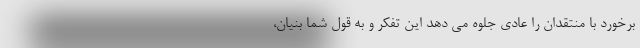
برخورد با منتقدان را عادی جلوه می دهد این تفکر و به قول شما بنیان،